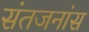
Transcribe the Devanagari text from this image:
संतजनांस